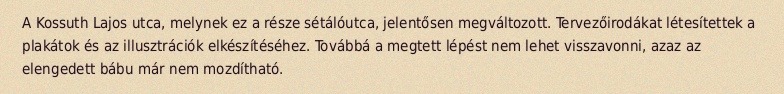
A Kossuth Lajos utca, melynek ez a része sétálóutca, jelentősen megváltozott. Tervezőirodákat létesítettek a plakátok és az illusztrációk elkészítéséhez. Továbbá a megtett lépést nem lehet visszavonni, azaz az elengedett bábu már nem mozdítható.